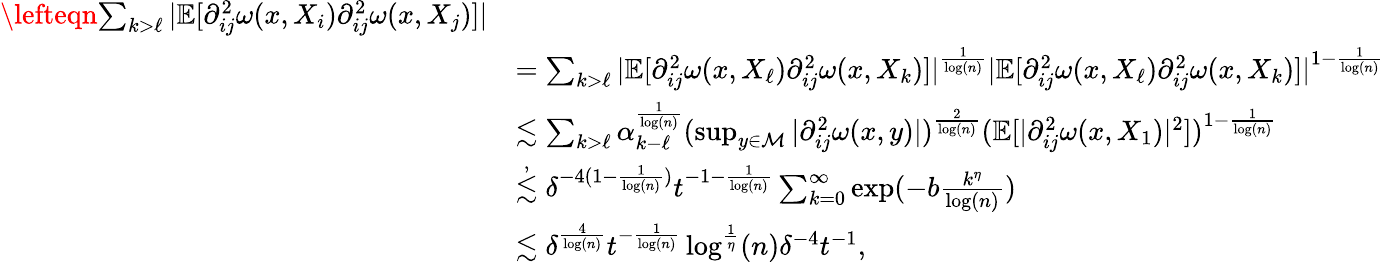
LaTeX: \begin{array}{rl}{\lefteqn{\sum_{k>\ell}\vert\mathbb{E}[\partial_{ij}^{2}\omega(x,X_{i})\partial_{ij}^{2}\omega(x,X_{j})]\vert}}\\ &{=\sum_{k>\ell}\vert\mathbb{E}[\partial_{ij}^{2}\omega(x,X_{\ell})\partial_{ij}^{2}\omega(x,X_{k})]\vert^{\frac{1}{\log(n)}}\vert\mathbb{E}[\partial_{ij}^{2}\omega(x,X_{\ell})\partial_{ij}^{2}\omega(x,X_{k})]\vert^{1-\frac{1}{\log(n)}}}\\ &{\lesssim\sum_{k>\ell}\alpha_{k-\ell}^{\frac{1}{\log(n)}}(\operatorname*{sup}_{y\in\mathcal{M}}\vert\partial_{ij}^{2}\omega(x,y)\vert)^{\frac{2}{\log(n)}}(\mathbb{E}[\vert\partial_{ij}^{2}\omega(x,X_{1})\vert^{2}])^{1-\frac{1}{\log(n)}}}\\ &{\stackrel{,}{\lesssim}\delta^{-4(1-\frac{1}{\log(n)})}t^{-1-\frac{1}{\log(n)}}\sum_{k=0}^{\infty}\exp(-b\frac{k^{\eta}}{\log(n)})}\\ &{\lesssim\delta^{\frac{4}{\log(n)}}t^{-\frac{1}{\log(n)}}\log^{\frac{1}{\eta}}(n)\delta^{-4}t^{-1},}\end{array}